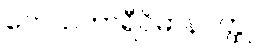
ကေသကာရီဝိမာနဝတ္ထု